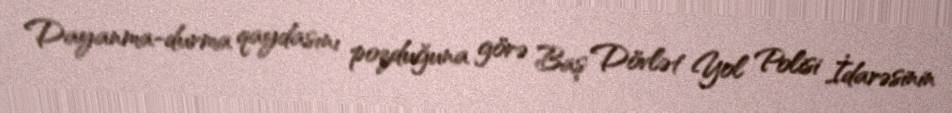
Dayanma-durma qaydasını pozduğuna görə Baş Dövlət Yol Polisi İdarəsinin